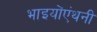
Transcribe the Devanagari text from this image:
भाइयोंएंथनी